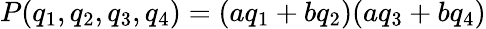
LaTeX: P(q_{1},q_{2},q_{3},q_{4})=(aq_{1}+bq_{2})(aq_{3}+bq_{4})